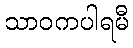
သာဝကပါရမီ